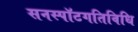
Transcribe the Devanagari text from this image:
सनस्पॉटगतिविधि